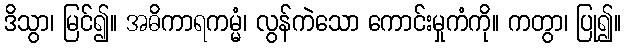
ဒိသွာ၊ မြင်၍။ အဓိကာရကမ္မံ၊ လွန်ကဲသော ကောင်းမှုကံကို။ ကတွာ၊ ပြု၍။